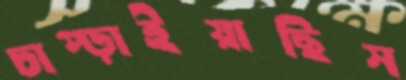
চাপ্‌ড়াইয়াছিস